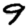
Digit: 9